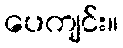
ပေကျင်း။